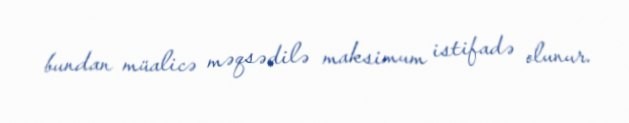
bundan müalicə məqsədilə maksimum istifadə olunur.